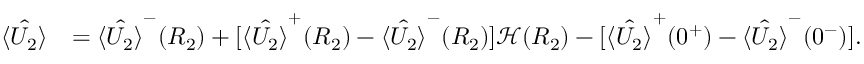
\begin{array} { r l } { \hat { \langle U _ { 2 } \rangle } } & { = \hat { \langle U _ { 2 } \rangle } ^ { - } ( R _ { 2 } ) + [ \hat { \langle U _ { 2 } \rangle } ^ { + } ( R _ { 2 } ) - \hat { \langle U _ { 2 } \rangle } ^ { - } ( R _ { 2 } ) ] \mathcal { H } ( R _ { 2 } ) - [ \hat { \langle U _ { 2 } \rangle } ^ { + } ( 0 ^ { + } ) - \hat { \langle U _ { 2 } \rangle } ^ { - } ( 0 ^ { - } ) ] . } \end{array}